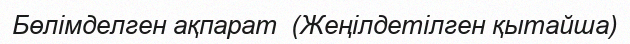
Бөлімделген ақпарат  (Жеңілдетілген қытайша)